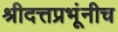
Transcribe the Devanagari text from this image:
श्रीदत्तप्रभूंनीच